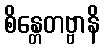
စိန္တေတဗ္ဗာနိ